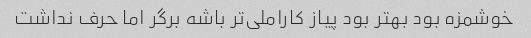
خوشمزه بود بهتر بود پیاز کاراملی‌تر باشه برگر اما حرف نداشت